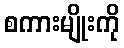
စကားမျိုးကို